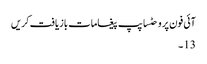
آئی فون پر وحٹساپپ پیغامات بازیافت کریں
13 ۔